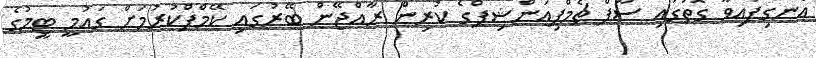
އެނގިފައިވާ ގޮތުގައި ސާފް ޗެމްޕިއަންޝިޕްގެ ކުރިން ރާއްޖޭން ބޭރުގައި ކޭމްޕްކުރުމަށް ގައުމީ ޓީމުގެ